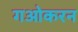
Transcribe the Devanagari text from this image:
गओकरन